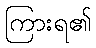
ကြားရ၏